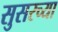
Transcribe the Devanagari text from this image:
सुसरच्या